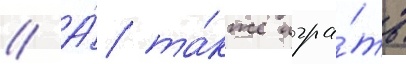
// А́ та́кже игра́ть